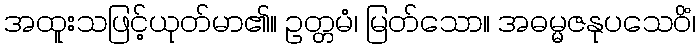
အထူးသဖြင့်ယုတ်မာ၏။ ဥတ္တမံ၊ မြတ်သော။ အဓမ္မဇနုပသေဝိံ၊